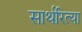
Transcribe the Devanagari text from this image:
सार्थरित्या